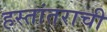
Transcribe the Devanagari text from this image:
हस्तांतराची